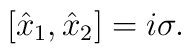
[\hat{x}_1,\hat{x}_2]=i\sigma.